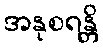
အနုစရန္တိ